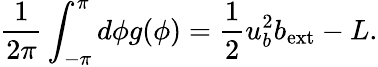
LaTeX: \frac{1}{2\pi}\int_{-\pi}^{\pi}d\phi g(\phi)=\frac{1}{2}u_{b}^{2}b_{\mathrm{ext}}-L.